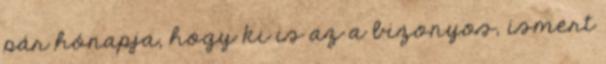
pár hónapja, hogy ki is az a bizonyos, ismert